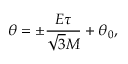
\theta = \pm \frac { E \tau } { \sqrt { 3 } M } + \theta _ { 0 } ,